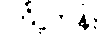
ကြို့ကုန်း